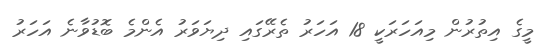
މީގެ އިތުރުން މިއަހަރަކީ 18 އަހަރު ތެރޭގައި ދިޔަވަރު އެންމެ ބޮޑުވާނެ އަހަރު